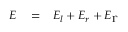
\begin{array} { r l r } { E } & { { } = } & { E _ { l } + E _ { r } + E _ { \Gamma } } \end{array}